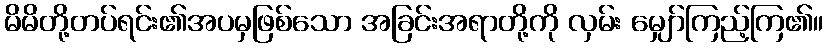
မိမိတို့တပ်ရင်း၏အပမှဖြစ်သော အခြင်းအရာတို့ကို လှမ်း မျှော်ကြည့်ကြ၏။